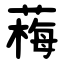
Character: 䔦